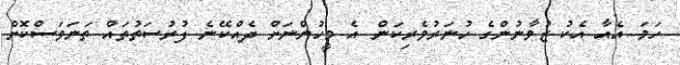
ހަމަ އެއާ އެކު ޒުވާނުންގެ ހުނަރުވެރިކަން އެ މީހުންނަށް ދެއްކޭނެ ފުރުސަތުތައް ތަނަވަސްކޮށް